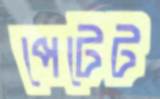
পেটেট